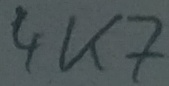
Text: 4K7